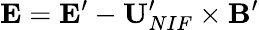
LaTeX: \mathbf{E}=\mathbf{E}^{\prime}-\mathbf{U}_{NIF}^{\prime}\times\mathbf{B}^{\prime}